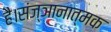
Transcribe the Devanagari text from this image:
है।संज्ञानात्मक